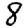
Digit: 8